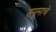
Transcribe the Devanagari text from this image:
ड्यूमाचे